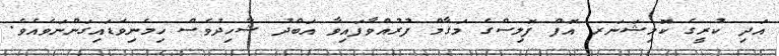
އަދި ކުރީގެ ކޮމިޝަނަރ އޮފް ފޮލިސްގެ މަޤާމް ފުރުއްވާފައިވާ އަބްދު ޝާހިދުވެސް ހިމެނިވަޑައިގަންނަވައެވެ.